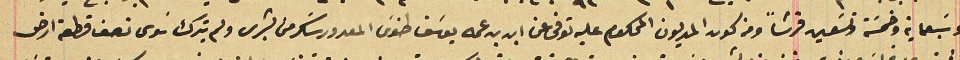
وسَبعماية وخمسَة وتسَعين قرشاً ومن كون المديون المحكوم عليه توفى عن ابن ابن عمه يوسَف طنوسَ المعدور سَكر من بشرى ولم يترك سَوى نصف قطعة ارض